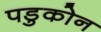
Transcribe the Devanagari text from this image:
पडुकोन